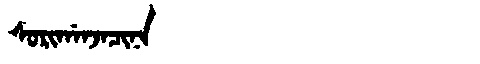
Manchu: ᠰᠣᡵᡳᡤᠠᠨᠵᠠᠴᡳᠨᠠ
Romanization: SORIGANJACINA